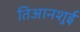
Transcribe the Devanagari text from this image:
तिआनशुई